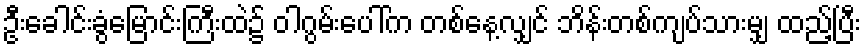
ဦးခေါင်းခွံမြောင်းကြီးထဲ၌ ဝါဂွမ်းပေါ်က တစ်နေ့လျှင် ဘိန်းတစ်ကျပ်သားမျှ ထည့်ပြီး